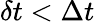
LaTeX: \delta t<\Delta t